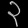
Digit: ၃